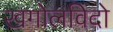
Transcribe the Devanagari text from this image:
खगोलविदो